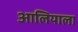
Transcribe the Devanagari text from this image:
आलियाला